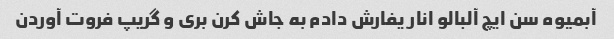
آبمیوه سن ایچ آلبالو انار یفارش دادم به جاش کرن بری و گریپ فروت آوردن